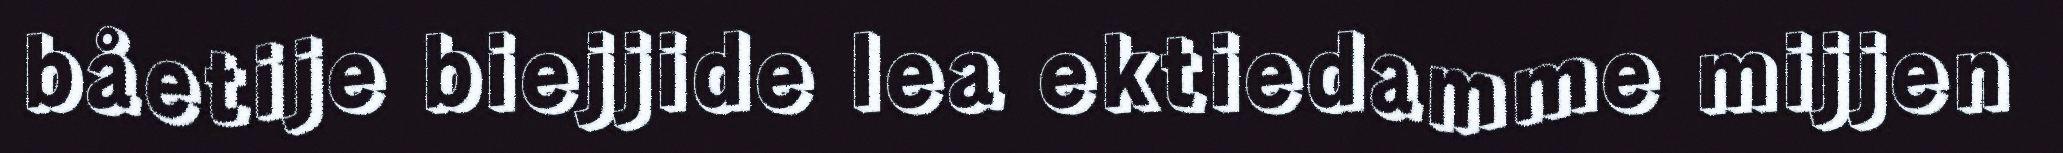
båetije biejjide lea ektiedamme mijjen